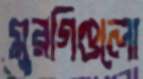
মুরগিগুলো